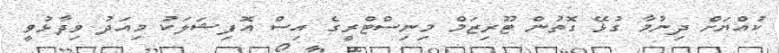
ކުއްޔަށް ދިނުމާ ގުޅޭ ގޮތުން ޓޫރިޒަމް މިނިސްޓްރީގެ އިސް އޮފިޝަލަކު މިއަދު ވިދާޅުވީ